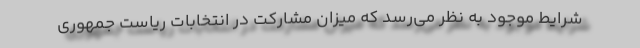
شرایط موجود به نظر می‌رسد که میزان مشارکت در انتخابات ریاست جمهوری